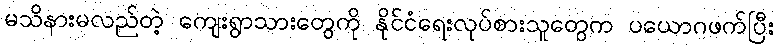
မသိနားမလည်တဲ့ ကျေးရွာသားတွေကို နိုင်ငံရေးလုပ်စားသူတွေက ပယောဂဖက်ပြီး